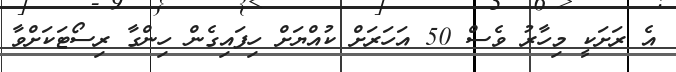
އެ ރަށަކީ މިހާރު ވެސް 50 އަހަރަށް ކުއްޔަށް ހިފައިގެން ހިންގާ ރިސޯޓަކަށްވާ